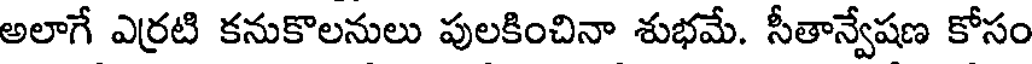
అలాగే ఎర్రటి కనుకొలనులు పులకించినా శుభమే. సీతాన్వేషణ కోసం